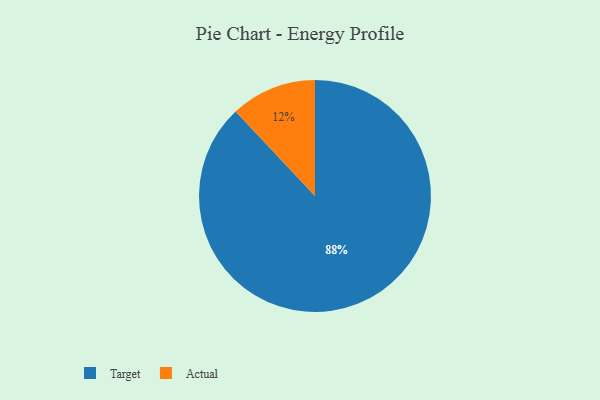
{"axis": {"x": "Category", "y": "Percentage"}, "legend": ["Actual", "Target"], "data": [{"x": "Actual", "y": 12, "type": "Actual"}, {"x": "Target", "y": 88, "type": "Target"}]}